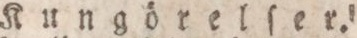
Kungörelſer.